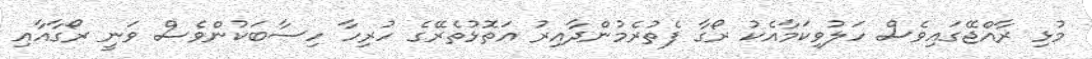
މުޅި ރާއްޖޭގައިވެސް ހަލުވިކަމާއެކު ރޯގާ ފެތުރެމުންދާއިރު އަތޮޅުތެރޭގެ ހުރިހާ ހިސާބަކުންވެސް ވަނީ ރޯގާއާއި